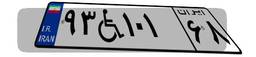
۹۳W۱۰۱۶۸